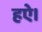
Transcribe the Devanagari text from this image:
हऐ।